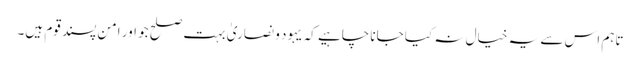
تاہم اس سے یہ خیال نہ کیا جانا چاہیے کہ یہود و نصاریٰ بہت صلح جو اور امن پسند قوم ہیں۔